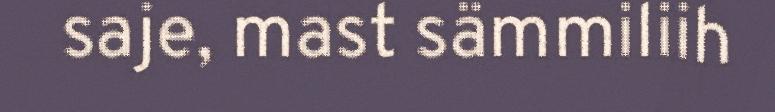
saje, mast sämmiliih